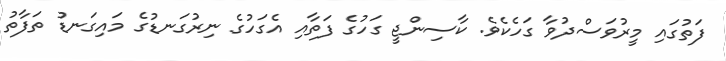
ފަތުގައި މީރުވަސްދުވާ ގަހެކެވެ. ކާސިންޖީ ގަހުގެ ފަތާއި އެގަހުގެ ނިރުގަނޑުގެ މައިގަނޑު ތަފާތު